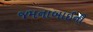
જમનાબાઈની